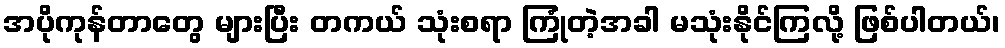
အပိုကုန်တာတွေ များပြီး တကယ် သုံးစရာ ကြုံတဲ့အခါ မသုံးနိုင်ကြလို့ ဖြစ်ပါတယ်၊